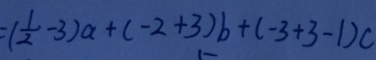
= ( \frac { 1 } { 2 } - 3 ) a + ( - 2 + 3 ) b + ( - 3 + 3 - 1 ) c